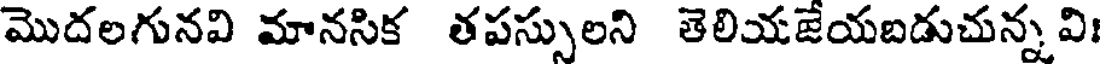
మొదలగునవి మానసిక తపస్సులని తెలియజేయబడుచున్న వి